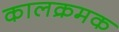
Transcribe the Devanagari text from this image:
कालक्रमक